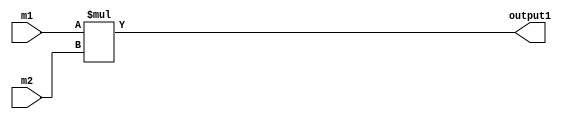
`timescale 1ns / 1ps
//////////////////////////////////////////////////////////////////////////////////
// Company: 
// Engineer: 
// 
// Design Name: 
// Module Name: more_directly
// Project Name: 
// Target Devices: 
// Tool Versions: 
// Description: 
// 
// Dependencies: 
// 
// Revision:
// Revision 0.01 - File Created
// Additional Comments:
// 
//////////////////////////////////////////////////////////////////////////////////


module more_directly(
    input [3:0]m1,
    input [3:0]m2,
    output [7:0] output1
    );
    assign output1 = m1 * m2;
endmodule